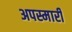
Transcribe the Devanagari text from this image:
अपस्मारी